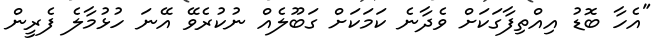
"އެހާ ބޮޑު އިއްތިފާގަކަށް ވެދާނެ ކަމަކަށް ގަބޫލެއް ނުކުރެވޭ އޭނަ ހުޅުމާލެ ފެރީން